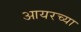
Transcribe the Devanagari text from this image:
आयरच्या